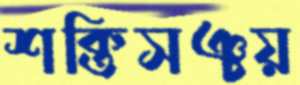
শক্তিসঞ্চয়